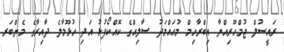
ރައީސުލް ޖުމްހޫރިއްޔާ އިބްރާހިމް މުޙައްމަދު ޞާލިޙްގެ ކޮއްކޯފުޅު އަދި ހުޅޫމާލެ ދާއިރާގެ މެންބަރ